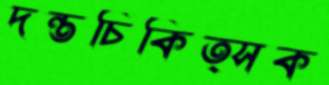
দন্তচিকিত্সক